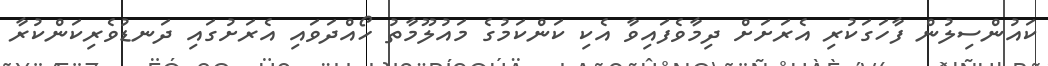
ކައުންސިލުން ފާހަގަކުރި އެެރަށަށް ދިމާވެފައިވާ އެކި ކަންކަމުގެ މައުލޫމާތު ހޯއްދަވައި އެރަށުގައި ދަނޑުވެރިކަންކުރާ